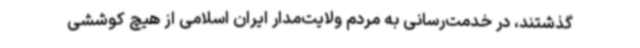
گذشتند، در خدمت‌رسانی به مردم ولایت‌مدار ایران اسلامی از هیچ کوششی